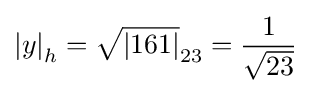
\left\vert y\right\vert _{h}={\sqrt {\left\vert 161\right\vert }}_{23}={\frac {1}{\sqrt {23}}}